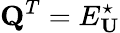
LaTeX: \mathbf{Q}^{T}=E_{\mathbf{U}}^{\star}